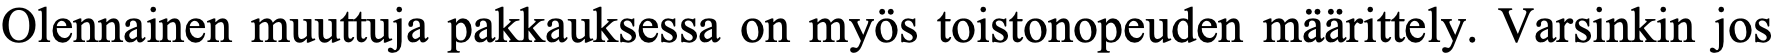
Olennainen muuttuja pakkauksessa on myös toistonopeuden määrittely. Varsinkin jos